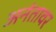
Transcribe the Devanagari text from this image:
अनंतावर